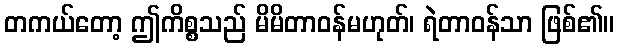
တကယ်တော့ ဤကိစ္စသည် မိမိတာဝန်မဟုတ်၊ ရဲတာဝန်သာ ဖြစ်၏။